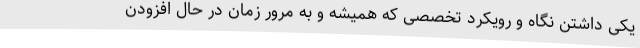
یکی داشتن نگاه و رویکرد تخصصی که همیشه و به مرور زمان در حال افزودن